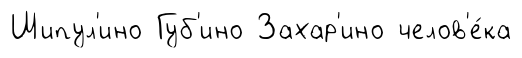
Шипул'ино Губ'ино Захар'ино челов'е́ка